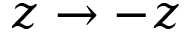
z \rightarrow - z